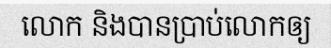
លោក និងបានប្រាប់លោកឲ្យ